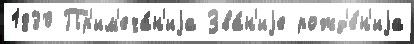
1830 Пр'им'еча́н'иjа Зва́н'иjе рожд'е́н'иjа